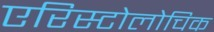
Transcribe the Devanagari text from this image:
एरिस्टोलोचिक